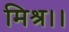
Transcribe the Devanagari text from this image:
मिश्र।।